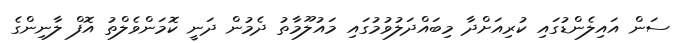
ސަން އައިލެންޑުގައި ކުރިއަށްދާ މިބައްދަލުވުމުގައި މައުލޫމާތު ދެމުން ދަނީ ކޮމަންވެލްތު އޮފް ލާނިންގެ